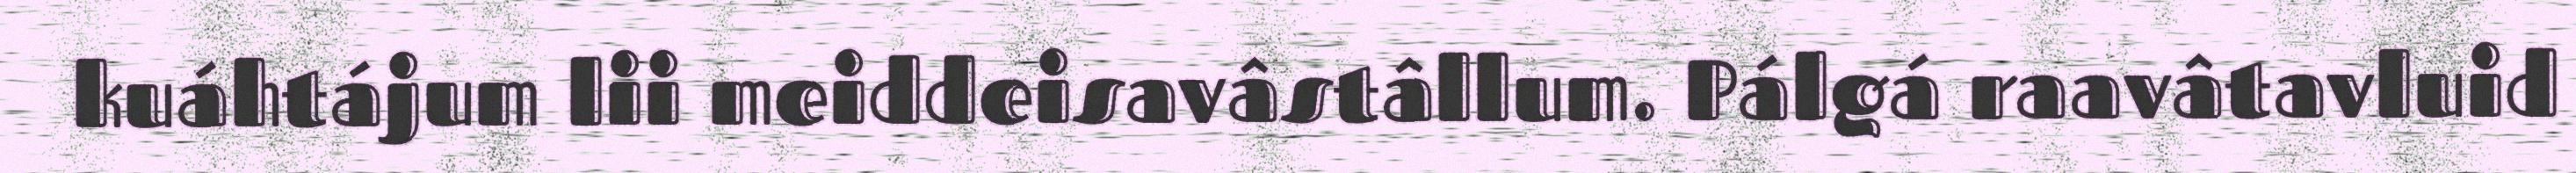
kuáhtájum lii meiddeisavâstâllum. Pálgá raavâtavluid